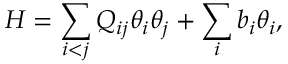
H = \sum _ { i < j } { Q _ { i j } \theta _ { i } \theta _ { j } } + \sum _ { i } { b _ { i } \theta _ { i } } ,